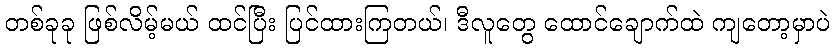
တစ်ခုခု ဖြစ်လိမ့်မယ် ထင်ပြီး ပြင်ထားကြတယ်၊ ဒီလူတွေ ထောင်ချောက်ထဲ ကျတော့မှာပဲ